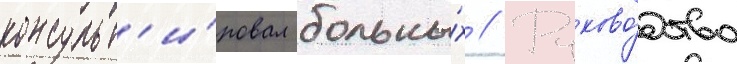
консульт'и́ровал больны́х // Руково́дство